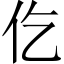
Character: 仡